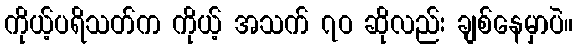
ကိုယ့်ပရိသတ်က ကိုယ့် အသက် ၇ဝ ဆိုလည်း ချစ်နေမှာပဲ။